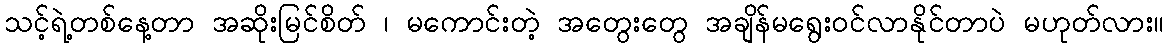
သင့်ရဲ့တစ်နေ့တာ အဆိုးမြင်စိတ် ၊ မကောင်းတဲ့ အတွေးတွေ အချိန်မရွေးဝင်လာနိုင်တာပဲ မဟုတ်လား။